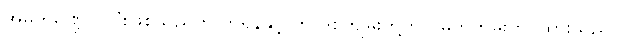
အဓိကမဏ္ဍိုင်ကြီးဖြစ်သည်ဟု ကိုရန်နှင့် ဟာဒစ်ကျမ်းတို့တွင် မှတ်တမ်းတင်ထားသည်။